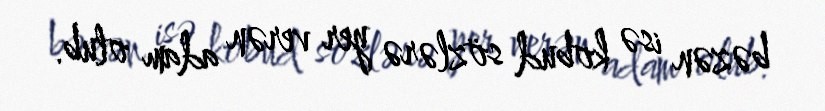
bəzən isə kobud sözlərə yer verən adam olub.